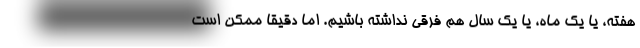
هفته، یا یک ماه، یا یک سال هم فرقی نداشته باشیم. اما دقیقا ممکن است